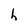
Character: h